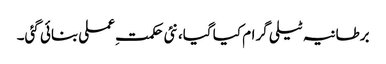
برطانیہ ٹیلی گرام کیا گیا، نئی حکمتِ عملی بنائی گئی۔